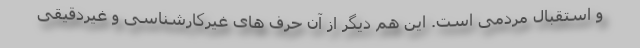
و استقبال مردمی است. این هم دیگر از آن حرف های غیرکارشناسی و غیردقیقی